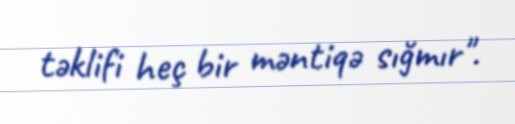
təklifi heç bir məntiqə sığmır".